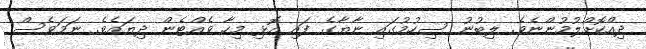
ދިއްކޮށްލުމުންނެވެ. ލިބުނު ސިހުމުގައި ނާޔާގެ ފައި އޮޅި މިިހާ ވެއްޓެން ދިޔައެވެ. ނަމަވެސް